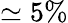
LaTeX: \simeq 5\%